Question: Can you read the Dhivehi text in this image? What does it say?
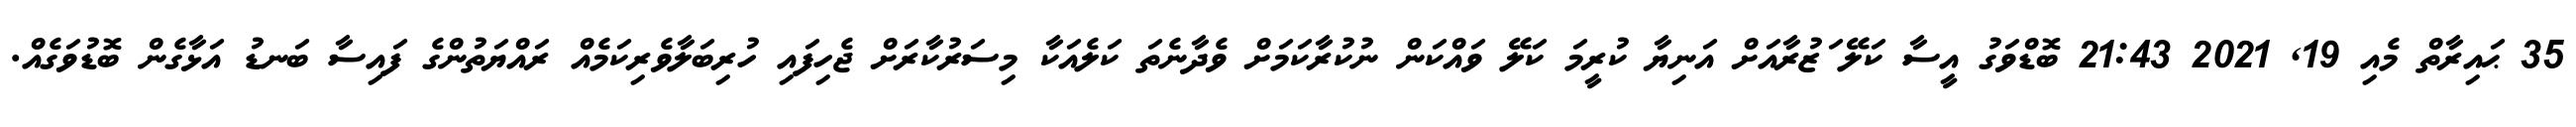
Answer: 35 ޙައިރާތް މެއި 19, 2021 21:43 ބޮޑްވަގު އީސާ ކަލޭ ަޒުރާއަށް އަނިޔާ ކުރީމަ ކަލޭ ވައްކަން ނުކުރާކަމަށް ވެދާނެތަ ކަލެއަކާ މިސަރުކާރަށް ޖެހިފައި ހުރިބަލާވެރިކަމެއް ރައްޔަތުންގެ ފައިސާ ބަނޑު އަޅާގެން ބޮޑުވަގެއް.